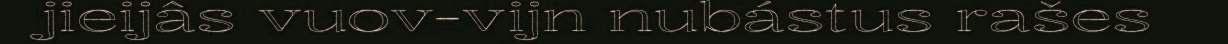
jieijâs vuov-vijn nubástus rašes